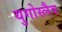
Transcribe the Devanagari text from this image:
युगोस्लैव